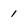
Character: 1